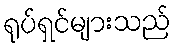
ရုပ်ရှင်များသည်